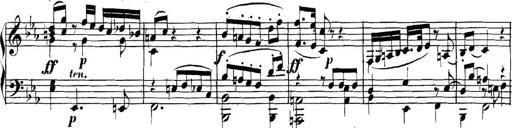
Title: Collected Piano Sonatas
Composer: Muzio Clementi